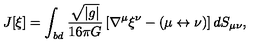
J [ \xi ] = \int _ { \it b d } \frac { \sqrt { \left| { g } \right| } } { 1 6 \pi G } \left[ \nabla ^ { \mu } \xi ^ { \nu } - ( \mu \leftrightarrow \nu ) \right] d S _ { \mu \nu } ,